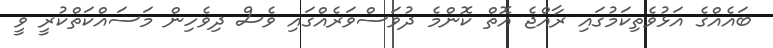
ބައެއްގެ އަޅުވެތިކަމުގައި ރާއްޖެ އޮތް ކޮންމެ ދުވަސްވަރެއްގައި ވެސް ދިވެހިން މަސައްކަތްކުރީ ވީ